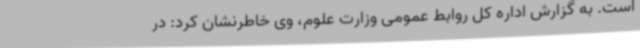
است. به گزارش اداره کل روابط عمومی وزارت علوم، وی خاطرنشان کرد: در